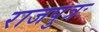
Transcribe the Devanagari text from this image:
राजपुत्रः